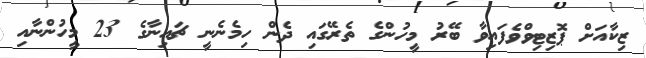
ޒިކާއަށް ޕޮޒިޓިވްވެފައިވާ ބޭރު މީހުންގެ ތެރޭގައި ދެން ހިމެނެނީ ޗައިނާގެ 23 މީހުންނާއި